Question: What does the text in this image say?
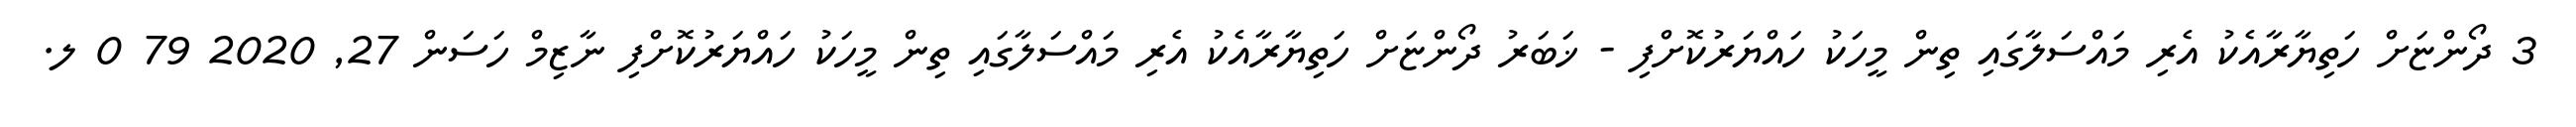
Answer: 3 ދޯންޏަށް ހަތިޔާރާއެކު އެރި މައްސަލާގައި ތިން މީހަކު ހައްޔަރުކޮށްފި - ޚަބަރު ދޯންޏަށް ހަތިޔާރާއެކު އެރި މައްސަލާގައި ތިން މީހަކު ހައްޔަރުކޮށްފި ނާޒިމް ހަސަން 27, 2020 79 0 ލ.